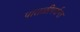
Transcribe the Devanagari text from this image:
पातळीपर्यन्त